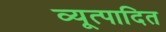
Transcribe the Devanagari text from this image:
व्यूत्पादित